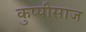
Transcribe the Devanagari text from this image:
कुप्पीसाज